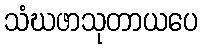
သံဃဖာသုတာယပေ